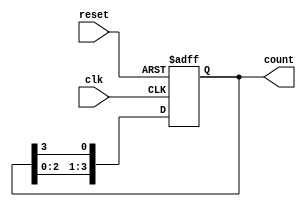
module binary_ring_counter #(
    parameter N = 4  // Number of flip-flops / states
)(
    input wire clk,     // Clock input
    input wire reset,   // Asynchronous reset
    output reg [N-1:0] count // Output count
);

// Always block triggered by clock and reset
always @(posedge clk or posedge reset) begin
    if (reset) begin
        // Initialize the counter to the first state
        count <= 1'b1;  // Only the first flip-flop is set
    end else begin
        // Shift the '1' to the next flip-flop
        count <= {count[N-2:0], count[N-1]};  // Shift left and wrap around
    end
end

endmodule